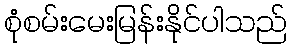
စုံစမ်းမေးမြန်းနိုင်ပါသည်